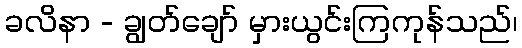
ခလိနာ - ချွတ်ချော် မှားယွင်းကြကုန်သည်၊